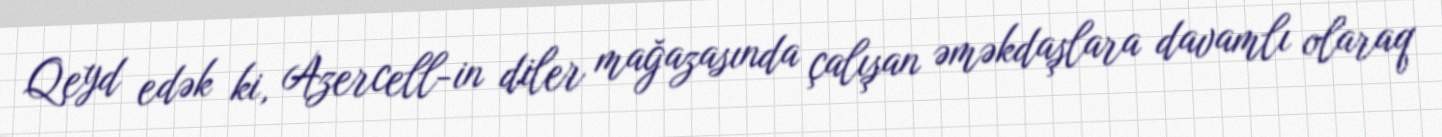
Qeyd edək ki, Azercell-in diler mağazasında çalışan əməkdaşlara davamlı olaraq